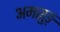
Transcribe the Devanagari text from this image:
अमसुङ्